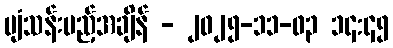
ပျံသန်းမည့်အချိန် - ၂၀၂၅-၁၁-၀၃ ၁၄:၄၅